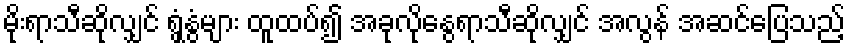
မိုးရာသီဆိုလျှင် ရွှံ့နွံများ ထူထပ်၍ အခုလိုနွေရာသီဆိုလျှင် အလွန် အဆင်ပြေသည့်